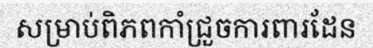
សម្រាប់ពិភពកាំជ្រួចការពារដែន